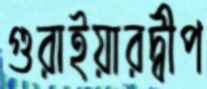
গুরাইয়ারদ্বীপ